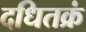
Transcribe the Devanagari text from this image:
दधितक्रं